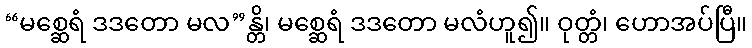
“မစ္ဆေရံ ဒဒတော မလ”န္တိ၊ မစ္ဆေရံ ဒဒတော မလံဟူ၍။ ဝုတ္တံ၊ ဟောအပ်ပြီ။